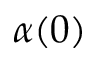
\alpha ( 0 )